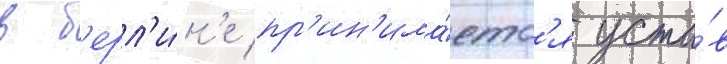
в б'ерл'и́н'е пр'ин'има́етс'я уста́в